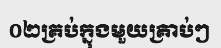
០២គ្រប់ក្នុងមួយគ្រាប់ៗ